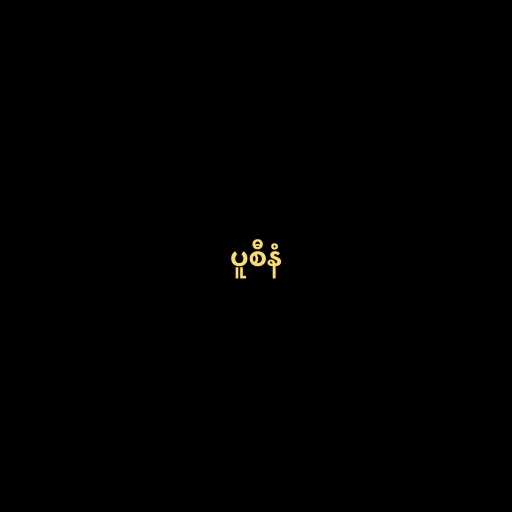
ပူစီနံ